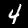
Label: 4